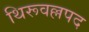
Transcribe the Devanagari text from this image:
थिरूवल्लपद